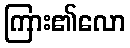
ကြား၏လော